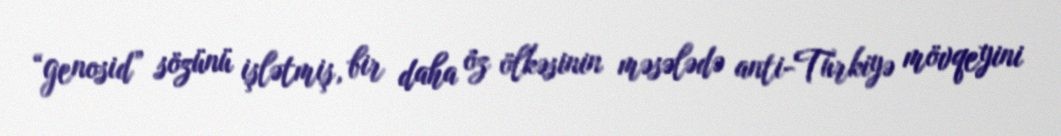
“genosid” sözünü işlətmiş, bir daha öz ölkəsinin məsələdə anti-Türkiyə mövqeyini